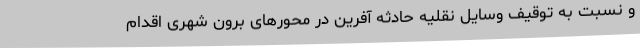
و نسبت به توقیف وسایل نقلیه حادثه آفرین در محورهای برون شهری اقدام